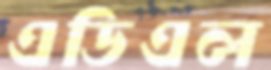
এডিএল